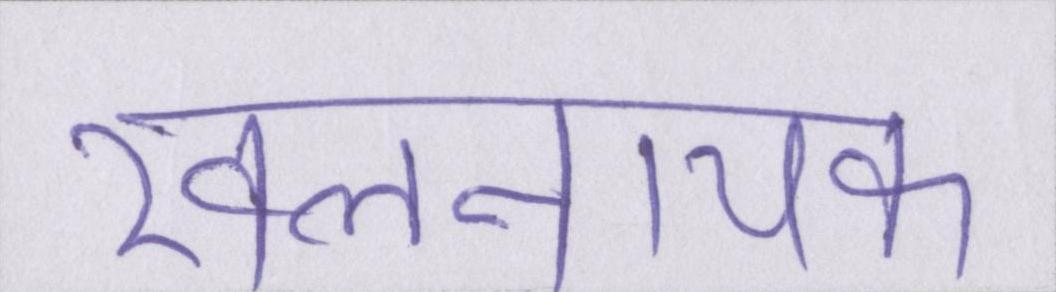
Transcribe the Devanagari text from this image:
खलनायक